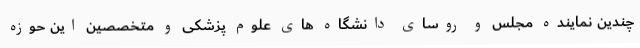
چندین نماینده مجلس و روسای دانشگاه های علوم پزشکی و متخصصین این حوزه